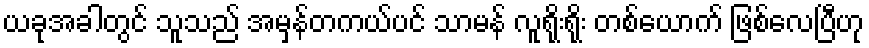
ယခုအခါတွင် သူသည် အမှန်တကယ်ပင် သာမန် လူရိုးရိုး တစ်ယောက် ဖြစ်လေပြီဟု